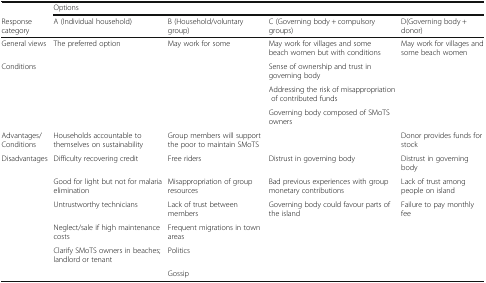
<table><thead><tr><td></td><td colspan="4"><b>Options</b></td></tr><tr><td><b>Response category</b></td><td><b>A (Individual household)</b></td><td><b>B (Household/voluntary group)</b></td><td><b>C (Governing body + compulsory groups)</b></td><td><b>D(Governing body + donor)</b></td></tr></thead><tbody><tr><td>General views</td><td>The preferred option</td><td>May work for some</td><td>May work for villages and some beach women but with conditions</td><td>May work for villages and some beach women</td></tr><tr><td>Conditions</td><td></td><td></td><td>Sense of ownership and trust in governing body</td><td></td></tr><tr><td></td><td></td><td></td><td>Addressing the risk of misappropriation of contributed funds</td><td></td></tr><tr><td></td><td></td><td></td><td>Governing body composed of SMoTS owners</td><td></td></tr><tr><td>Advantages/Conditions</td><td>Households accountable to themselves on sustainability</td><td>Group members will support the poor to maintain SMoTS</td><td></td><td>Donor provides funds for stock</td></tr><tr><td>Disadvantages</td><td>Difficulty recovering credit</td><td>Free riders</td><td>Distrust in governing body</td><td>Distrust in governing body</td></tr><tr><td></td><td>Good for light but not for malaria elimination</td><td>Misappropriation of group resources</td><td>Bad previous experiences with group monetary contributions</td><td>Lack of trust among people on island</td></tr><tr><td></td><td>Untrustworthy technicians</td><td>Lack of trust between members</td><td>Governing body could favour parts of the island</td><td>Failure to pay monthly fee</td></tr><tr><td></td><td>Neglect/sale if high maintenance costs</td><td>Frequent migrations in town areas</td><td></td><td></td></tr><tr><td></td><td>Clarify SMoTS owners in beaches; landlord or tenant</td><td>Politics</td><td></td><td></td></tr><tr><td></td><td></td><td>Gossip</td><td></td><td></td></tr></tbody></table>